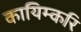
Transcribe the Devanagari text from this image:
कायिम्करि